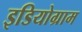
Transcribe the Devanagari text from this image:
इडियोग्राम